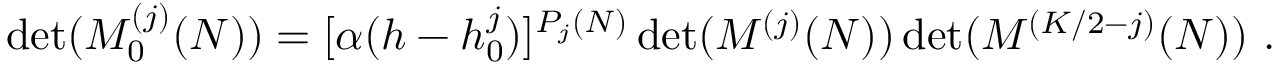
\operatorname * { d e t } ( { \cal M } _ { 0 } ^ { ( j ) } ( N ) ) = [ \alpha ( h - h _ { 0 } ^ { j } ) ] ^ { P _ { j } ( N ) } \operatorname * { d e t } ( { \cal M } ^ { ( j ) } ( N ) ) \operatorname * { d e t } ( { \cal M } ^ { ( K / 2 - j ) } ( N ) ) { } ~ .